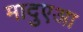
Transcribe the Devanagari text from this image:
मादुएआ